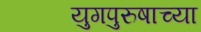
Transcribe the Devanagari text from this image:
युगपुरुषाच्या